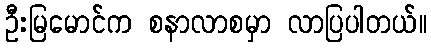
ဦးမြမောင်က စနာလာစမှာ လာပြပါတယ်။